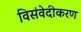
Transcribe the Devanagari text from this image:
विसंवेदीकरण